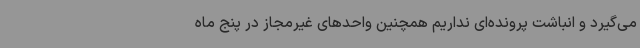
می‌گیرد و انباشت پرونده‌ای نداریم همچنین واحدهای غیرمجاز در پنج ماه